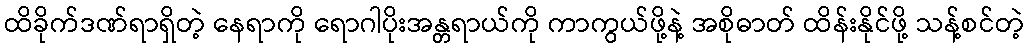
ထိခိုက်ဒဏ်ရာရှိတဲ့ နေရာကို ရောဂါပိုးအန္တရာယ်ကို ကာကွယ်ဖို့နဲ့ အစိုဓာတ် ထိန်းနိုင်ဖို့ သန့်စင်တဲ့